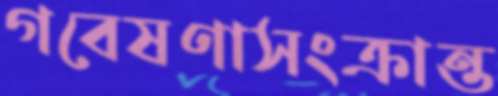
গবেষণাসংক্রান্ত